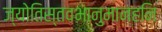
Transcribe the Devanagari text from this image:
ज्योतिस्तवभानुमानहनि